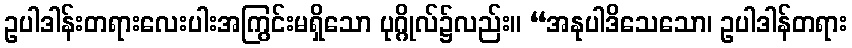
ဥပါဒါန်းတရားလေးပါးအကြွင်းမရှိသော ပုဂ္ဂိုလ်၌လည်း။ “အနုပါဒိသေသော၊ ဥပါဒါန်တရား